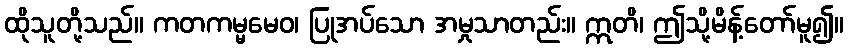
ထိုသူတို့သည်။ ကတကမ္မမေဝ၊ ပြုအပ်သော အမှုသာတည်း။ ဣတိ၊ ဤသို့မိန့်တော်မူ၍။